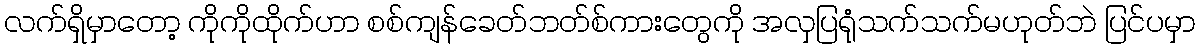
လက်ရှိမှာတော့ ကိုကိုထိုက်ဟာ စစ်ကျန်ခေတ်ဘတ်စ်ကားတွေကို အလှပြရုံသက်သက်မဟုတ်ဘဲ ပြင်ပမှာ